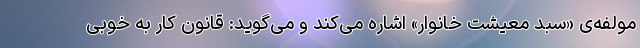
مولفه‌ی «سبد معیشت خانوار» اشاره می‌کند و می‌گوید: قانون کار به خوبی